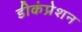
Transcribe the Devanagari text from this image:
डीकंप्रेशन